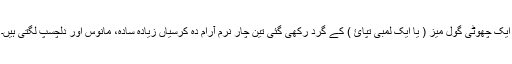
ایک چھوٹی گول میز ( یا ایک لمبی تپائ ) کے گرد رکھی گئی تِین چار نرم آرام دہ کرسیاں زیادہ سادہ، مانوس اور دلچسپ لگتی ہیں۔